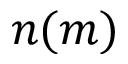
n ( m )